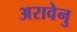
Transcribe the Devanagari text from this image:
अरावेनु